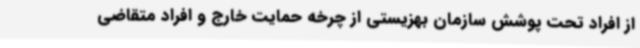
از افراد تحت پوشش سازمان بهزیستی از چرخه حمایت خارج و افراد متقاضی